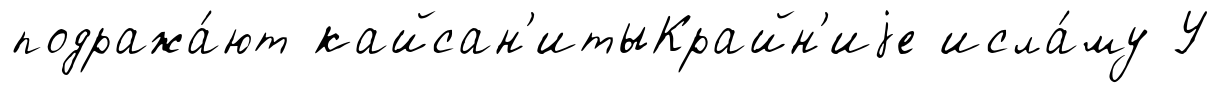
подража́ют кайсан'итыКрайн'иjе исла́му У